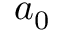
a _ { 0 }